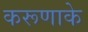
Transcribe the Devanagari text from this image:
करूणाके